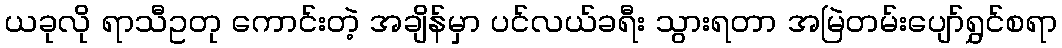
ယခုလို ရာသီဥတု ကောင်းတဲ့ အချိန်မှာ ပင်လယ်ခရီး သွားရတာ အမြဲတမ်းပျော်ရွှင်စရာ